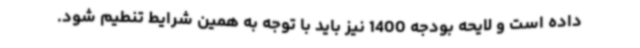
داده است و لایحه بودجه 1400 نیز باید با توجه به همین شرایط تنطیم شود.